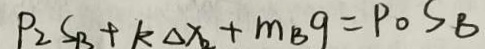
P _ { 2 } S _ { B } + k _ { \Delta } x _ { 2 } + m _ { B } g = P _ { 0 } S B